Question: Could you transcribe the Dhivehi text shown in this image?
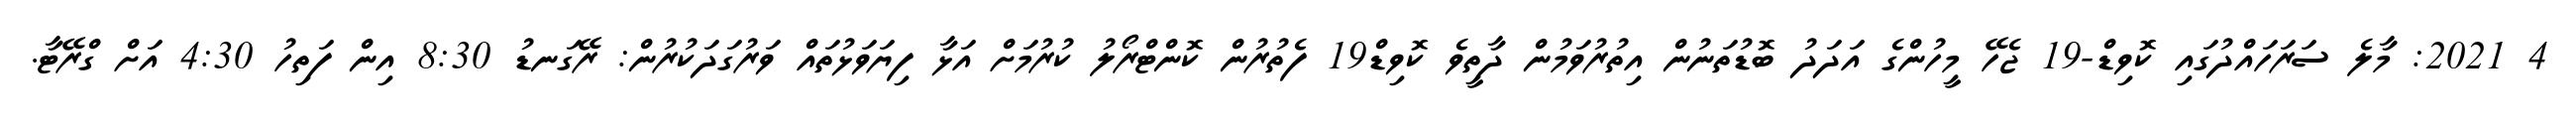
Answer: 4 2021: މާލެ ސަރަހައްދުގައި ކޮވިޑް-19 ޖެހޭ މީހުންގެ އަދަދު ބޮޑުތަނުން އިތުރުވަމުން ދާތީވެ ކޮވިޑް19 ފެތުރުން ކޮންޓްރޯލު ކުރުމަށް އަޅާ ފިޔަވަޅުތައް ވަރުގަދަކުރުން: ރޭގަނޑު 8:30 އިން ފަތިހު 4:30 އަށް ގްރޭޓާ.